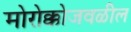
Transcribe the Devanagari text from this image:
मोरोक्कोजवळील